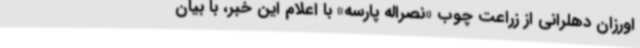
اورزان دهلرانی از زراعت چوب «نصراله پارسه» با اعلام این خبر، با بیان